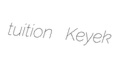
tuition Keyek